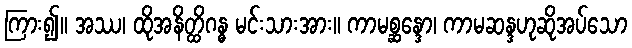
ကြား၍။ အဿ၊ ထိုအနိတ္ထိဂန္ဓ မင်းသားအား။ ကာမစ္ဆန္ဒော၊ ကာမဆန္ဒဟုဆိုအပ်သော